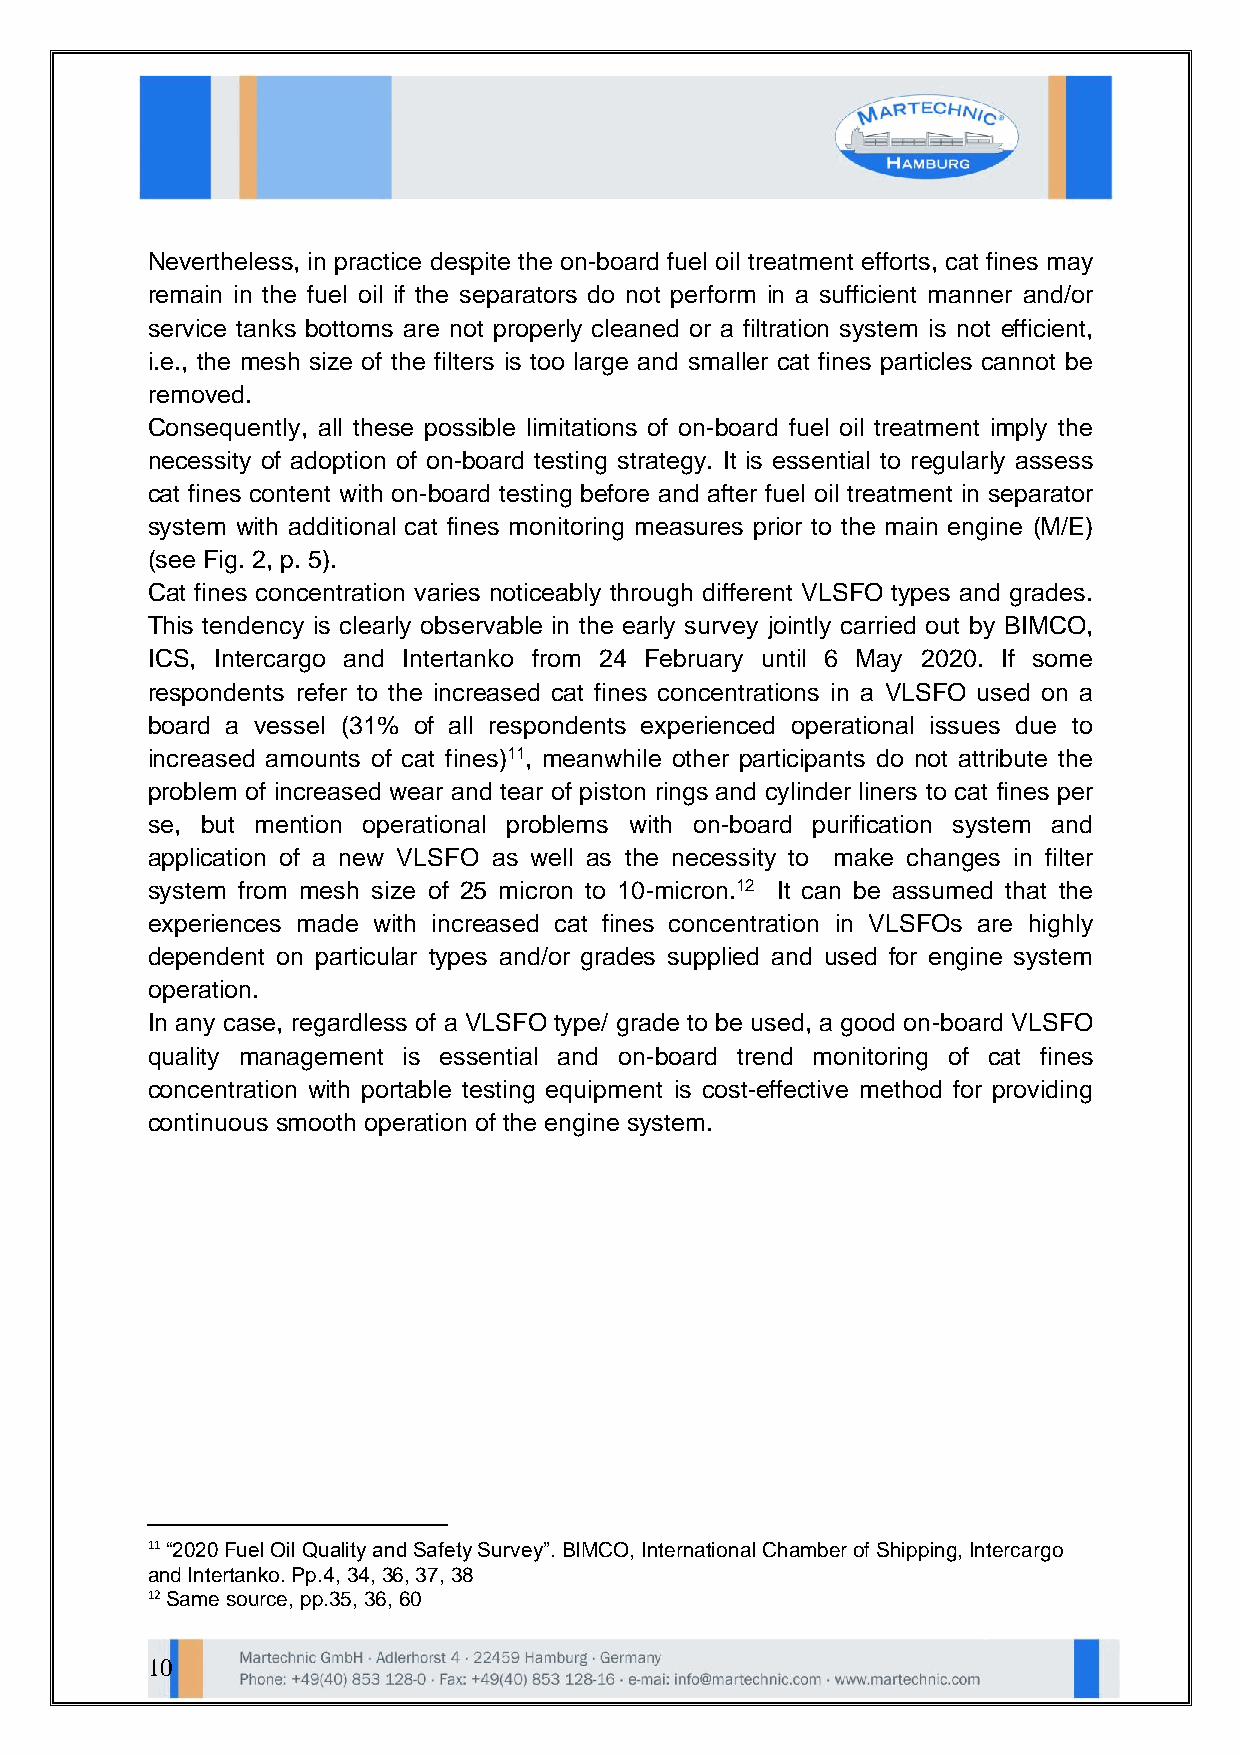
Nevertheless, in practice despite the on-board fuel oil treatment efforts, cat fines may
 remain in the fuel oil if the separators do not perform in a sufficient manner and/or
 service tanks bottoms are not properly cleaned or a filtration system is not efficient,
 i.e., the mesh size of the filters is too large and smaller cat fines particles cannot be
 removed.
 Consequently, all these possible limitations of on-board fuel oil treatment imply the
 necessity of adoption of on-board testing strategy. It is essential to regularly assess
 cat fines content with on-board testing before and after fuel oil treatment in separator
 system with additional cat fines monitoring measures prior to the main engine (M/E)
 (see Fig. 2, p. 5).
 Cat fines concentration varies noticeably through different VLSFO types and grades.
 This tendency is clearly observable in the early survey jointly carried out by BIMCO,
 ICS, Intercargo and Intertanko from 24 February until 6 May 2020. If some
 respondents refer to the increased cat fines concentrations in a VLSFO used on a
 board a vessel (31% of all respondents experienced operational issues due to
 increased amounts of cat fines)11, meanwhile other participants do not attribute the
 problem of increased wear and tear of piston rings and cylinder liners to cat fines per
 se, but mention operational problems with on-board purification system and
 application of a new VLSFO as well as the necessity to make changes in filter
 system from mesh size of 25 micron to 10-micron.12 It can be assumed that the
 experiences made with increased cat fines concentration in VLSFOs are highly
 dependent on particular types and/or grades supplied and used for engine system
 operation.
 In any case, regardless of a VLSFO type/ grade to be used, a good on-board VLSFO
 quality management is essential and on-board trend monitoring of cat fines
 concentration with portable testing equipment is cost-effective method for providing
 continuous smooth operation of the engine system.
 11 “2020 Fuel Oil Quality and Safety Survey”. BIMCO, International Chamber of Shipping, Intercargo
 and Intertanko. Pp.4, 34, 36, 37, 38
 12 Same source, pp.35, 36, 60
 10